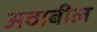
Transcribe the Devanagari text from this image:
अवाबील